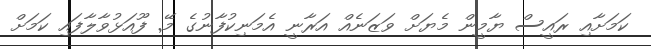
ކަމަށާއި ރައީސް ޔާމީން މެޔަށް ވަޒަނެއް އަރާނީ އެމަނިކުފާނުގެ މޭ